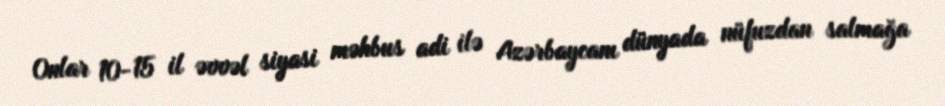
Onlar 10-15 il əvvəl siyasi məhbus adi ilə Azərbaycanı dünyada nüfuzdan salmağa